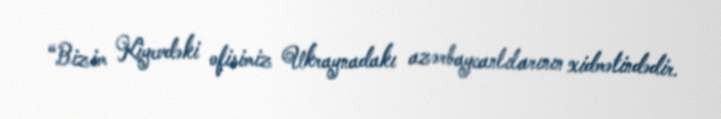
“Bizim Kiyevdəki ofisimiz Ukraynadakı azərbaycanlılarının xidmətindədir.